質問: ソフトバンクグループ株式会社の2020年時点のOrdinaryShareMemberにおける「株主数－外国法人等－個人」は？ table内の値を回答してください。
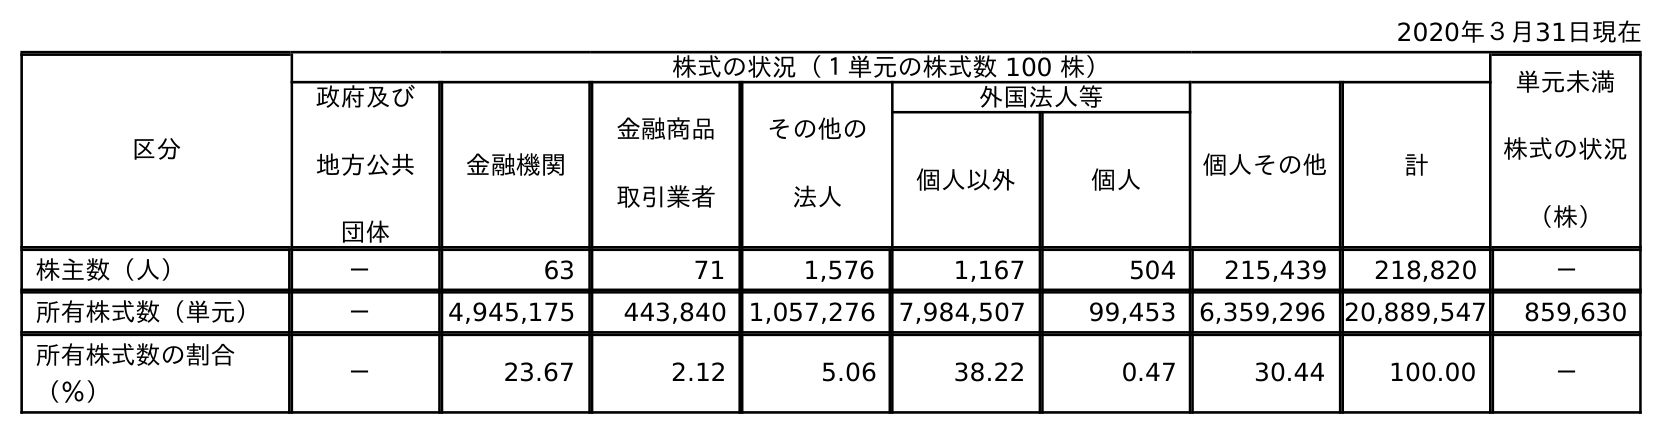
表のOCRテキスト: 2020年３月31日現在 区分 株式の状況（１単元の株式数 100 株） 単元未満 株式の状況 （株） 政府及び 地方公共 団体 金融機関 金融商品 取引業者 その他の 法人 外国法人等 個人その他 計 個人以外 個人 株主数（人） － 63 71 1,576 1,167 504 215,439 218,820 － 所有株式数（単元） － 4,945,175 443,840 1,057,276 7,984,507 99,453 6,359,296 20,889,547 859,630 所有株式数の割合 （％） － 23.67 2.12 5.06 38.22 0.47 30.44 100.00 －
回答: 504